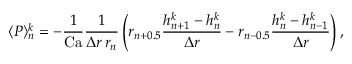
\langle P \rangle _ { n } ^ { k } = - \frac { 1 } { \mathrm { C a } } \frac { 1 } { \Delta r \, r _ { n } } \left( r _ { n + 0 . 5 } \frac { h _ { n + 1 } ^ { k } - h _ { n } ^ { k } } { \Delta r } - r _ { n - 0 . 5 } \frac { h _ { n } ^ { k } - h _ { n - 1 } ^ { k } } { \Delta r } \right) ,